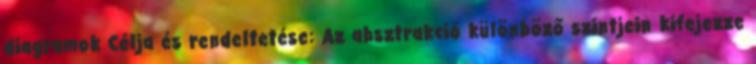
diagramok Célja és rendeltetése: Az absztrakció különböző szintjein kifejezze